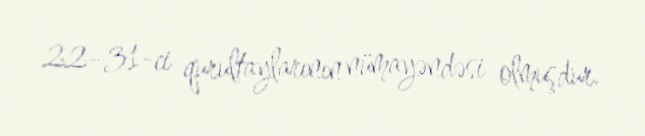
22–31-ci qurultaylarının nümayəndəsi olmuşdur.